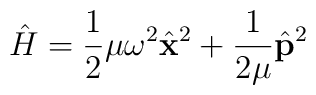
\hat{H} = \frac{1}{2}\mu\omega^2 \hat{\mathbf x}^2        + \frac{1}{2\mu} \hat{\mathbf p}^2